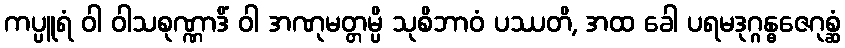
ကပ္ပူရံ ဝါ ဝါသစုဏ္ဏာဒိံ ဝါ အဏုမတ္တမ္ပိ သုစိဘာဝံ ပဿတိ, အထ ခေါ ပရမဒုဂ္ဂန္ဓဇေဂုစ္ဆံ